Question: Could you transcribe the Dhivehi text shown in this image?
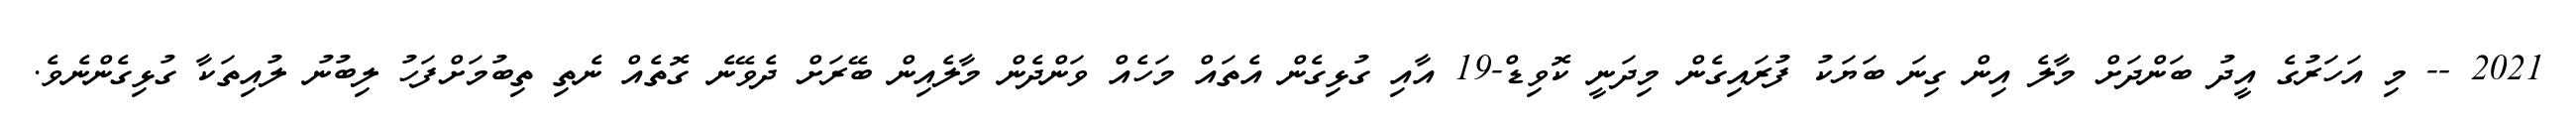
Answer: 2021 -- މި އަހަރުގެ އީދު ބަންދަށް މާލެ އިން ގިނަ ބަޔަކު ފުރައިގެން މިދަނީ ކޮވިޑް-19 އާއި ގުޅިގެން އެތައް މަހެއް ވަންދެން މާލެއިން ބޭރަށް ދެވޭނެ ގޮތެއް ނެތި ތިބުމަށްފަހު ލިބުނު ލުއިތަކާ ގުޅިގެންނެވެ.